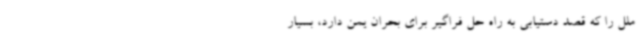
ملل را که قصد دستیابی به راه حل فراگیر برای بحران یمن دارد، بسیار